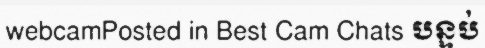
webcamPosted in Best Cam Chats បន្ទប់